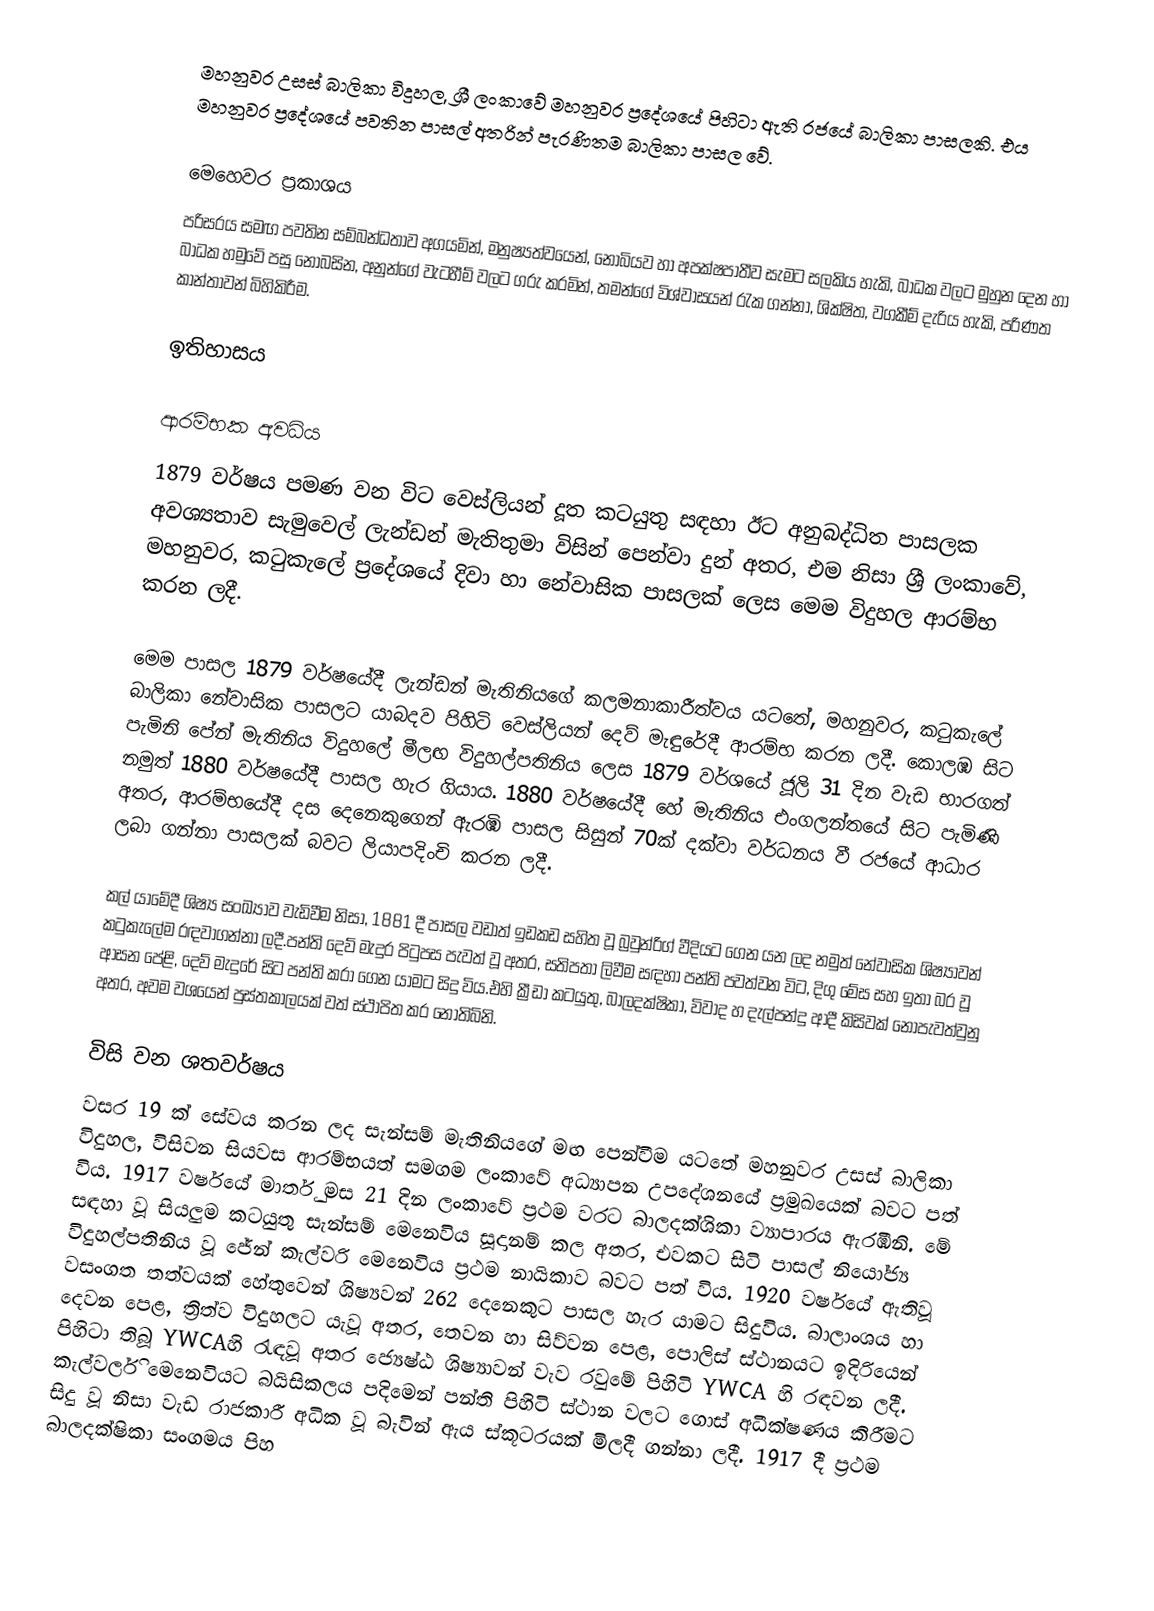
මහනුවර උසස් බාලිකා විදුහල, ශ්‍රී ලංකාවේ මහනුවර ප්‍රදේශයේ පිහිටා ඇති රජයේ බාලිකා පාසලකි. එය මහනුවර ප්‍රදේශයේ පවතින පාසල් අතරින් පැරණිතම බාලිකා පාසල වේ.

මෙහෙවර ප්‍රකාශය
පරිසරය සමඟ පවතින සම්බන්ධතාව අගයමින්, මනුෂ්‍යත්වයෙන්, නොබියව හා අපක්ෂපාතීව සැමට සලකිය හැකි, බාධක වලට මුහුන දෙන හා බාධක හමුවේ පසු නොබසින, අනුන්ගේ වැටහීම් වලට ගරු කරමින්, තමන්ගේ විශ්වාසයන් රැක ගන්නා, ශික්ෂිත, වගකීම් දැරිය හැකි, පරිණත කාන්තාවන් බිහිකිරීම.

ඉතිහාසය

ආරම්භක අවධිය
1879 වර්ෂය පමණ වන විට වෙස්ලියන් දූත කටයුතු සඳහා ඊට අනුබද්ධිත පාසලක අවශ්‍යතාව සැමුවෙල් ලැන්ඩන් මැතිතුමා විසින් පෙන්වා දුන් අතර, එම නිසා ශ්‍රී ලංකාවේ, මහනුවර, කටුකැලේ ප්‍රදේශයේ දිවා හා නේවාසික පාසලක් ලෙස මෙම විදුහල ආරම්භ කරන ලදී.

මෙම පාසල 1879 වර්ෂයේදී ලැන්ඩන් මැතිනියගේ කලමනාකාරීත්වය යටතේ, මහනුවර, කටුකැලේ බාලිකා නේවාසික පාසලට යාබදව පිහිටි වෙස්ලියන් දෙව් මැඳුරේදී ආරම්භ කරන ලදී. කොලඹ සිට පැමිනි පේන් මැතිනිය විදුහලේ මීලඟ විදුහල්පතිනිය ලෙස 1879 වර්ශයේ ජූලි 31 දින වැඩ භාරගත් නමුත් 1880 වර්ෂයේදී පාසල හැර ගියාය. 1880 වර්ෂයේදී හේ මැතිනිය එංගලන්තයේ සිට පැමිණි අතර, ආරම්භයේදී දස දෙනෙකුගෙන් ඇරඹි පාසල සිසුන් 70ක් දක්වා වර්ධනය වී රජයේ ආධාර ලබා ගන්නා පාසලක් බවට ලියාපදිංචි කරන ලදී.

කල් යාමේදී ශිෂ්‍ය සංඛ්‍යාව වැඩිවීම නිසා, 1881 දී පාසල වඩාත් ඉඩකඩ සහිත වූ බ්‍රවුන්රිග් වීදියට ගෙන යන ලද නමුත් නේවාසික ශිෂ්‍යාවන් කටුකැලේම රඳවාගන්නා ලදී.පන්ති දෙව් මැදුර පිටුපස පැවත් වූ අතර, සතිපතා ලිවීම සඳහා පන්ති පවත්වන විට, දිගු මේස සහ ඉතා බර වූ ආසන පේළි, දෙව් මැදුරේ සිට පන්ති කරා ගෙන යාමට සිදු විය.එහි ක්‍රීඩා කටයුතු, බාලදක්ෂිකා, විවාද හ දැල්පන්දු ආදී කිසිවක් නොපැවත්වුනු අතර, අවම වශයෙන් පුස්තකාලයක් වත් ස්ථාපිත කර නොතිබිනි.

විසි වන ශතවර්ෂය
වසර 19 ක් සේවය කරන ලද සැන්සම් මැතිනියගේ මඟ පෙන්වීම යටතේ මහනුවර උසස් බාලිකා විදුහල, විසිවන සියවස ආරම්භයත් සමගම ලංකාවේ අධ්‍යාපන උපදේශනයේ ප්‍රමුඛයෙක් බවට පත් විය. 1917 වර්ෂයේ මාර්තු මස 21 දින ලංකාවේ ප්‍රථම වරට බාලදක්ශිකා ව්‍යාපාරය ඇරඹිනි. මේ සඳහා වූ සියලුම කටයුතු සැන්සම් මෙනෙවිය සූදානම් කල අතර, එවකට සිටි පාසල් නියෝජ්‍ය විදුහල්පතිනිය වූ ජේන් කැල්වරි මෙනෙවිය ප්‍රථම නායිකාව බවට පත් විය. 1920 වර්ෂයේ ඇතිවූ වසංගත තත්වයක් හේතුවෙන් ශිෂ්‍යවන් 262 දෙනෙකුට පාසල හැර යාමට සිදුවිය. බාලාංශය හා දෙවන පෙළ, ත්‍රිත්ව විදුහලට යැවූ අතර, තෙවන හා සිව්වන පෙළ, පොලිස් ස්ථානයට ඉදිරියෙන් පිහිටා තිබූ ‍YWCAහි රැඳවූ අතර ජ්‍යෙෂ්ඨ ශිෂ්‍යාවන් වැව රවුමේ පිහිටි ‍YWCA හි රඳවන ලදී. කැල්වර්ලි මෙනෙවියට බයිසිකලය පදිමෙන් පන්ති පිහිටි ස්ථාන වලට ගොස් අධීක්ෂණය කිරීමට සිදු වූ නිසා වැඩ රාජකාරී අධික වූ බැවින් ඇය ස්කූටරයක් මිලදී ගන්නා ලදී. 1917 දී ප්‍රථම බාලදක්ෂිකා සංගමය පිහ